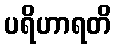
ပရိဟာရတိ